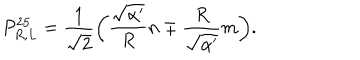
LaTeX: P _ { R , L } ^ { 2 5 } = \frac { 1 } { \sqrt { 2 } } \bigg ( \frac { \sqrt { \alpha ^ { \prime } } } { R } n \mp \frac { R } { \sqrt { \alpha ^ { \prime } } } m \bigg ) .